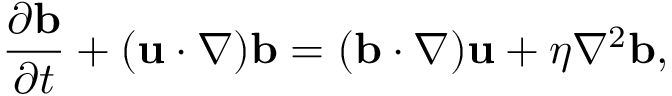
\frac { \partial { \bf { b } } } { \partial t } + ( { \bf { u } } \cdot \nabla ) { \bf { b } } = ( { \bf { b } } \cdot \nabla ) { \bf { u } } + \eta \nabla ^ { 2 } { \bf { b } } ,